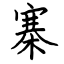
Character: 寨